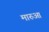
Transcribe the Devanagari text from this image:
मारुआ